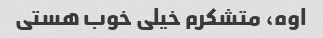
اوه، متشکرم خیلی خوب هستی